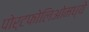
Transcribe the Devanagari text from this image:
पोर्टफोलिओमध्ये